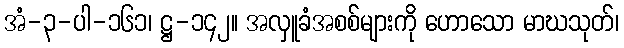
အံ-၃-ပါ-၁၆၁၊ ဋ္ဌ-၁၄၂။ အလှူခံအစစ်များကို ဟောသော မာဃသုတ်၊